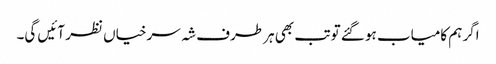
اگر ہم کامیاب ہو گئے تو تب بھی ہر طرف شہ سرخیاں نظر آئیں گی۔